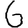
Digit: 6